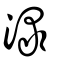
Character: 淥